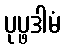
ပုပ္ဖဒါမံ